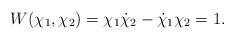
LaTeX: \begin{align*}W(\chi_1,\chi_2) = \chi_1\dot{\chi}_2-\dot{\chi}_1\chi_2 = 1. \end{align*}